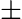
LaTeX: \mathrm{\pm}